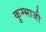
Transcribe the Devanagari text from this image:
कुम्भाजी